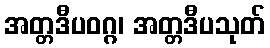
အတ္တဒီပဝဂ္ဂ၊ အတ္တဒီပသုတ်